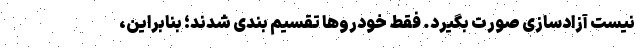
نیست آزادسازی صورت بگیرد. فقط خودرو‌ها تقسیم بندی شدند؛ بنابراین،